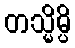
တသ္မိမ္ပိ